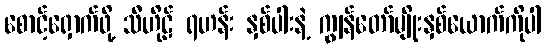
စောင့်ရှောက်ဖို့ သီဟိုဠ် ရဟန်း နှစ်ပါးနဲ့ ကျွန်တော်မျိုးနှစ်ယောက်ကိုပါ